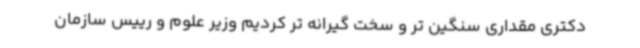
دکتری مقداری سنگین تر و سخت گیرانه تر کردیم وزیر علوم و رییس سازمان